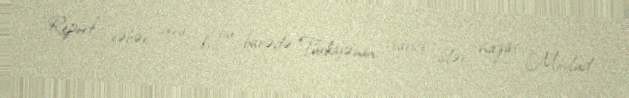
“Report” xəbər verir ki, bu barədə Türkiyənin xarici işlər naziri Mövlud